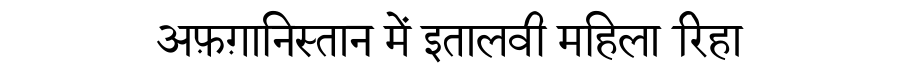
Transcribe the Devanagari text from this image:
अफ़ग़ानिस्तान में इतालवी महिला रिहा